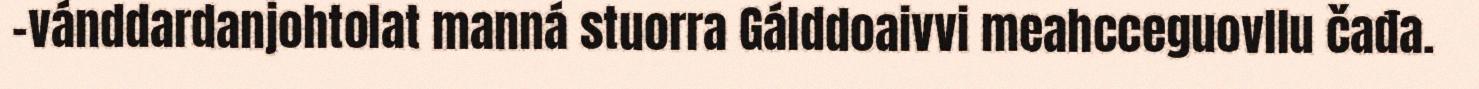
-vánddardanjohtolat manná stuorra Gálddoaivvi meahcceguovllu čađa.